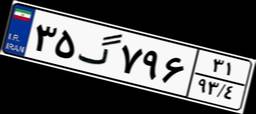
۶۸گ۰۹۸۳۷